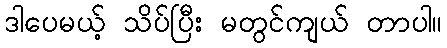
ဒါပေမယ့် သိပ်ပြီး မတွင်ကျယ် တာပါ။